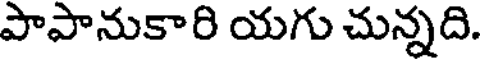
పాపానుకారి యగు చున్నది.